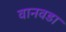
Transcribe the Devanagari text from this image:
वानवडा